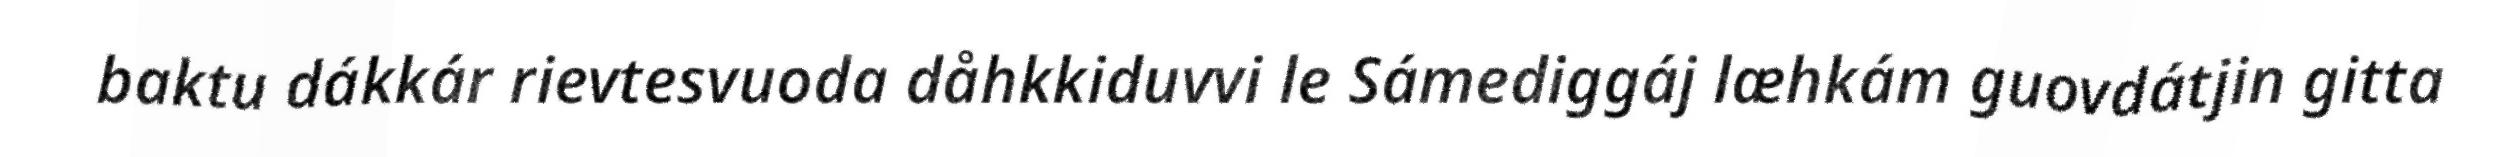
baktu dákkár rievtesvuoda dåhkkiduvvi le Sámediggáj læhkám guovdátjin gitta